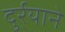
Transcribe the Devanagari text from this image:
दुर्र्याने